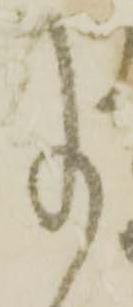
事